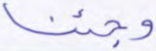
وجئنا